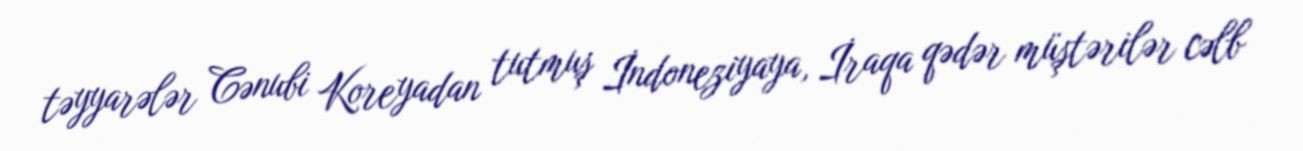
təyyarələr Cənubi Koreyadan tutmuş İndoneziyaya, İraqa qədər müştərilər cəlb